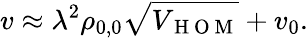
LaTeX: v\approx\lambda^{2}\rho_{0,0}\sqrt{V_{\mathrm{~H~O~M~}}}+v_{0}.